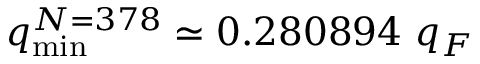
q _ { \mathrm { m i n } } ^ { N = 3 7 8 } \simeq 0 . 2 8 0 8 9 4 ~ q _ { F }